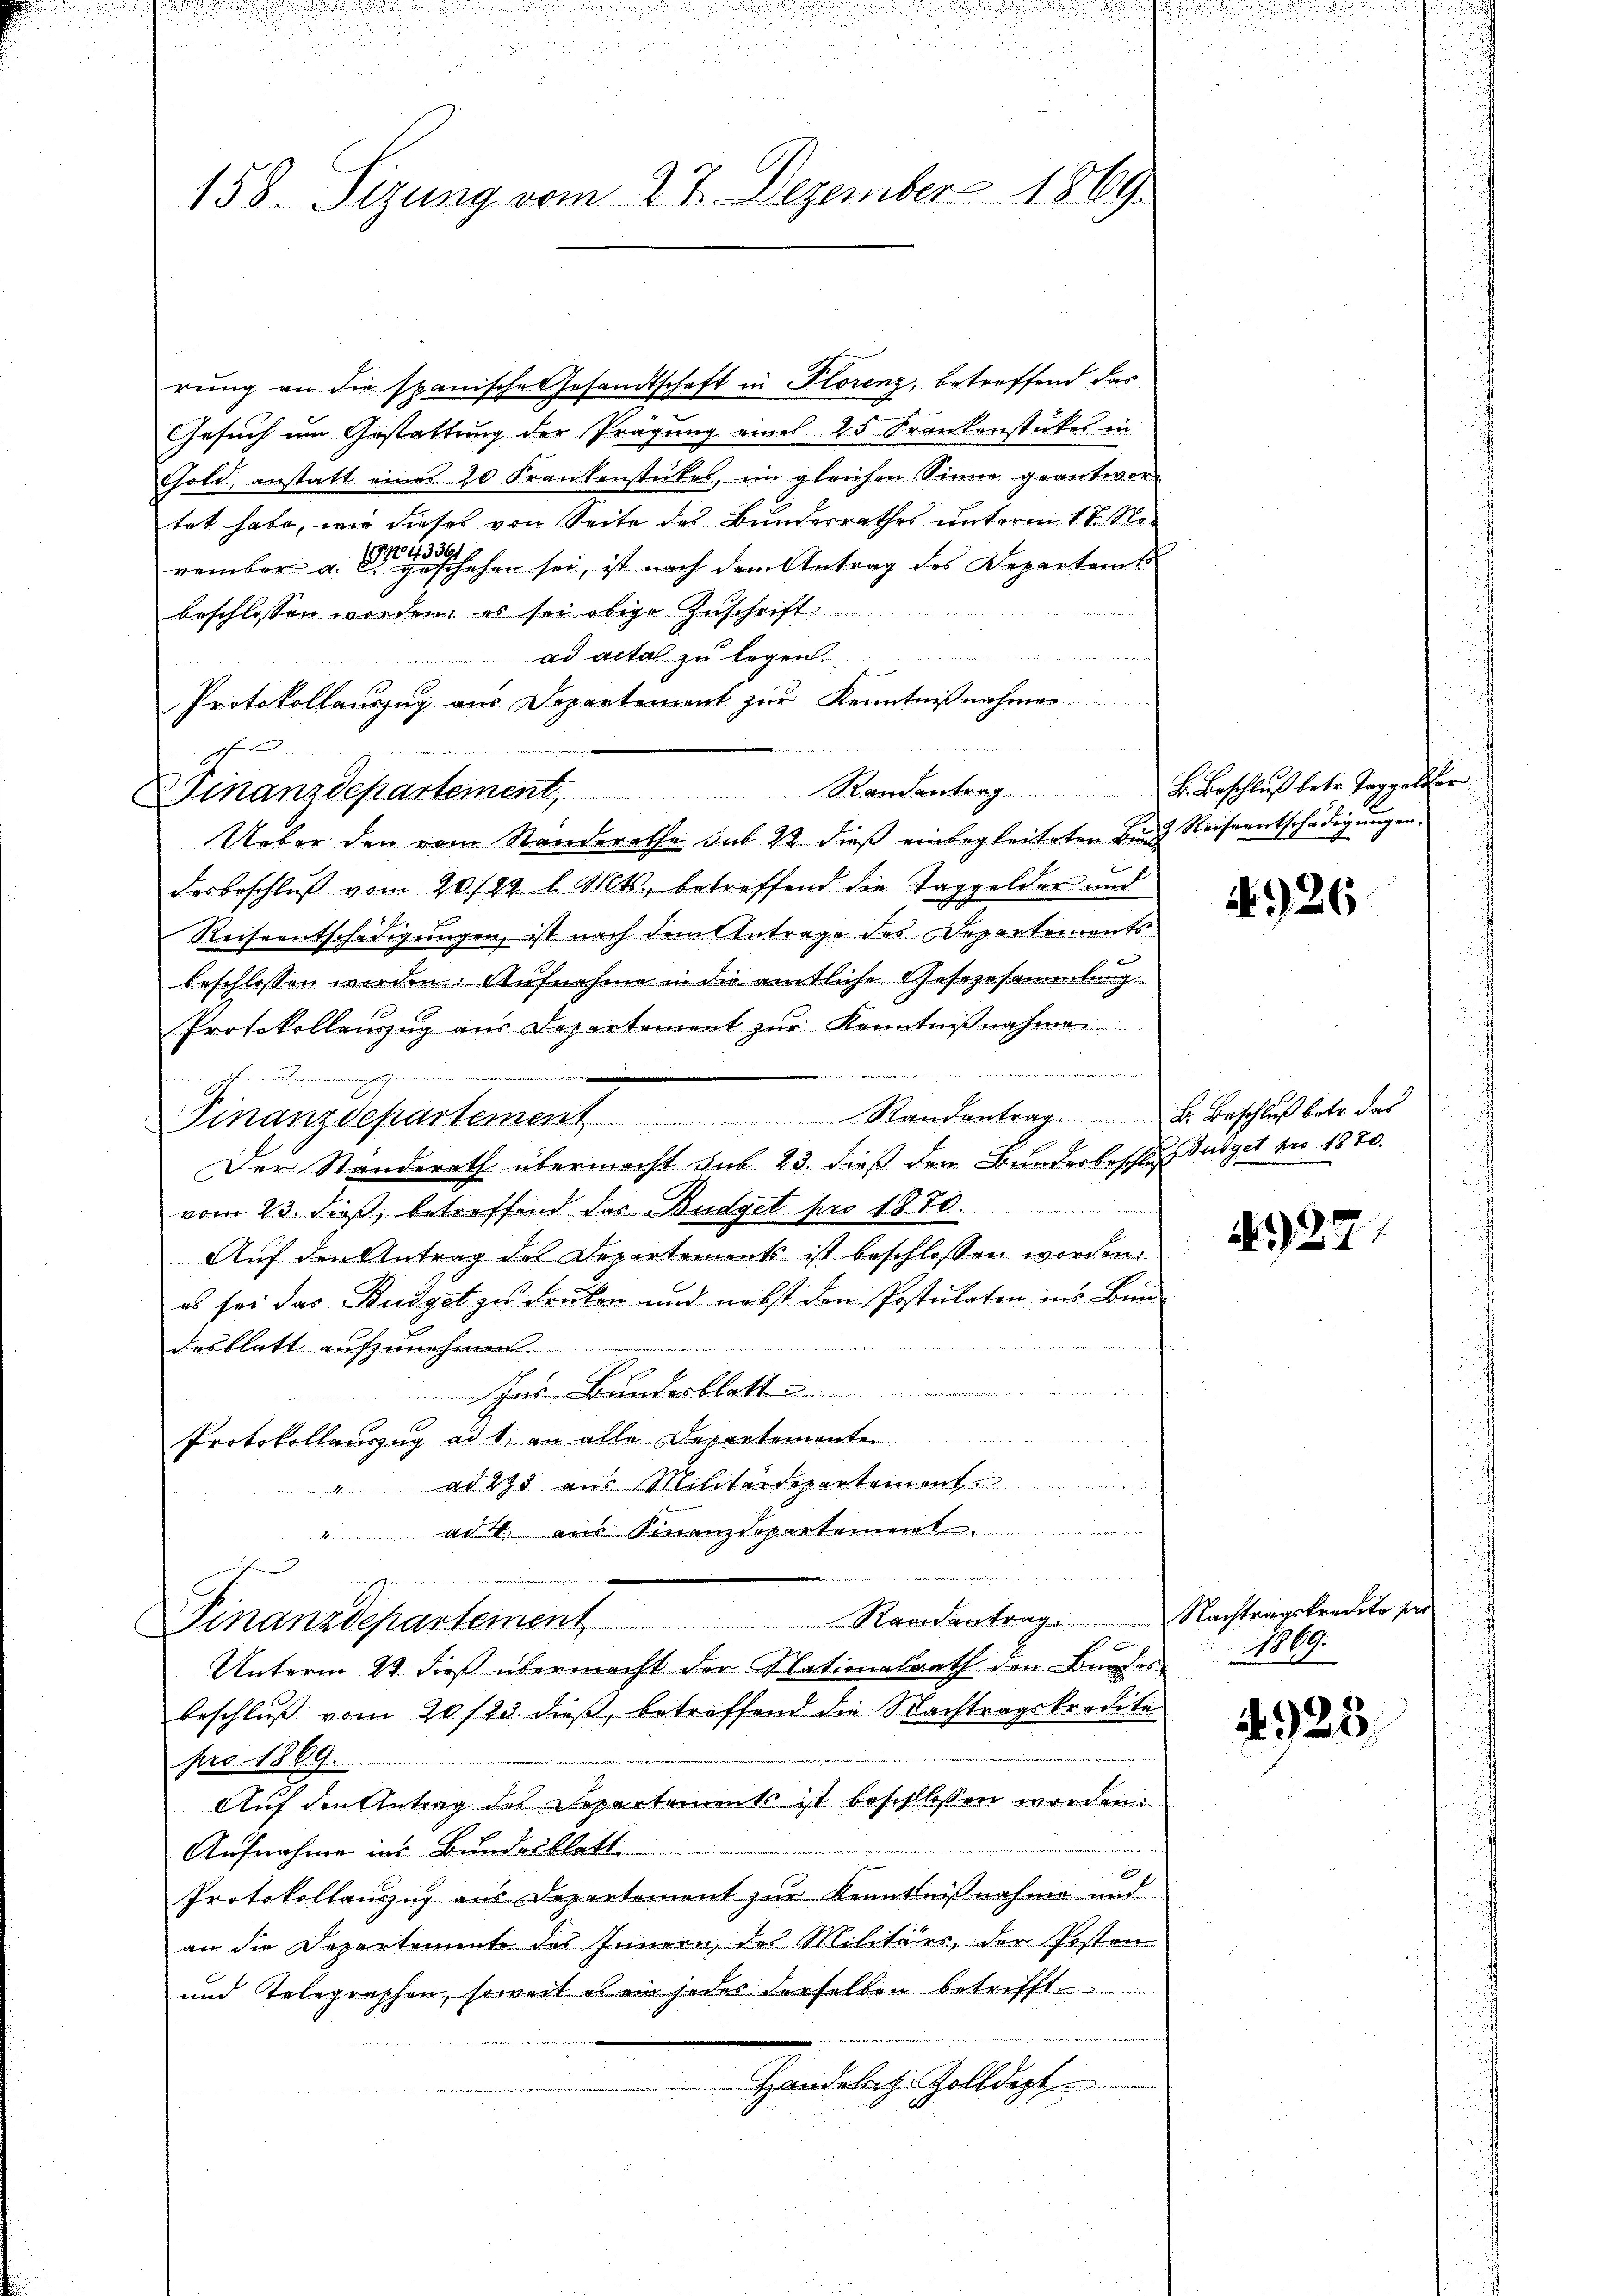
rung an die spanische Gesandtschaft in Plorenz, betreffend das
Gesuch um Gestattung der Prägung eines 25 Frankenstückes in
Gold, anstatt einer 20 Frankenstückes, im gleichen Sinne geantwor-
tet habe, wie dieses von Seite des Bunderrathes unterm 17. No
vember a. der gesehen sei, ist nach dem Antrag des Departem
beschlossen werden, es sei obige Zuschrift
u
ad acta zu legen.
Protokollauszug aus Departement zur Kenntnißnahmen
Finanzdepartement,
Ueber den vom Standerathe sub 22. dieß einbegleiteten Band Reiseentschädigungen.
desbeschluß vom 20./29. l. Mts., betreffend die Taggelder und
Reiseentschädigungen, ist nach dem Antrage des Departements
beschlossen werden. Aufnahme in die amtliche Gesezesammlung.
Protokollauszug aus Departement zur Kenntnißnahmen
ane da

Ohr e
Der Standerath übermacht sub 23. dieß den Bunderbeschluß Sudget pro 1870.
vom 23. dieß, betreffend das Budget pro 1870.
Auf den Antrag des Departements ist beschlossen worden.
es sei das Budget zu drüken und nebst den Postulaten ins Bun¬
4
desblatt aufzunehmen.
as Bundesblatt .....................
Protokollauszug ad 1. an alle Departemente
ad 295 aus Militärdepartement
M.
ad 2. aus Finanzdepartemen
deich in der wenn
Standentrag
Finanzdepartement
Unterm 22. dieß übermacht der Nationalrath den Bürger 1869.
beschluß vom 20./20. dieß, betreffend die Nachtragskredite
pro 1869.
Auf den Antrag des Departements ist beschlossen worden.
Aufnahme ins Bundesblatt
Protokollauszug aus Departement zur Kenntnißnahme und
an die Departemente des Innern, des Militärs, der Posten
und Telegraphen, soweit es ein jedes derselben betrifft
Handelig. Zolldept

158. Sizung vom 27. Dezember 1869

Ich

Finanzdepartement Randantrag. B. Beschlŭβ betr. das

Randentrag B. Beschluß betr. Taggeliter

1926.

4922

Nachtragskredite sie

4925.